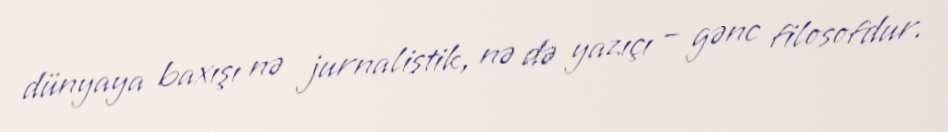
dünyaya baxışı nə jurnalistik, nə də yazıçı – gənc filosofdur.